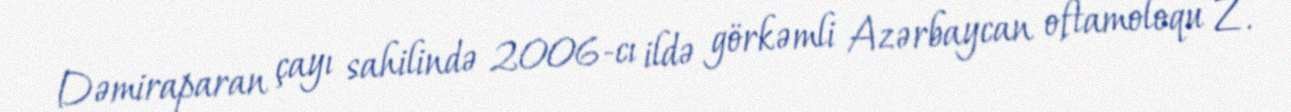
Dəmiraparan çayı sahilində 2006-cı ildə görkəmli Azərbaycan oftamoloqu Z.